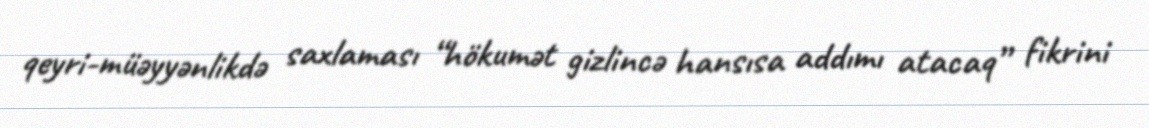
qeyri-müəyyənlikdə saxlaması “hökumət gizlincə hansısa addımı atacaq” fikrini